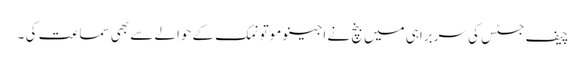
چیف جسٹس کی سربراہی میں بنچ نے اجینو موتو نمک کے حوالے سے بھی سماعت کی ۔